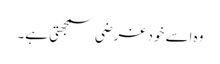
وہ اسے خود غرضی سمجھتی ہے۔